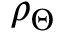
\rho _ { \Theta }